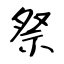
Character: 祭